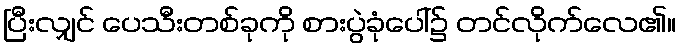
ပြီးလျှင် ပေသီးတစ်ခုကို စားပွဲခုံပေါ်၌ တင်လိုက်လေ၏။